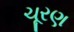
ચૂરણ